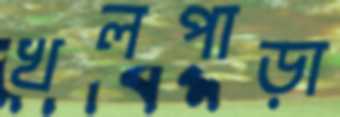
খলপাড়া